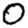
Digit: 0